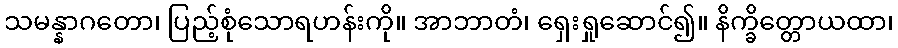
သမန္နာဂတော၊ ပြည့်စုံသောရဟန်းကို။ အာဘာတံ၊ ရှေးရှုဆောင်၍။ နိက္ခိတ္တောယထာ၊